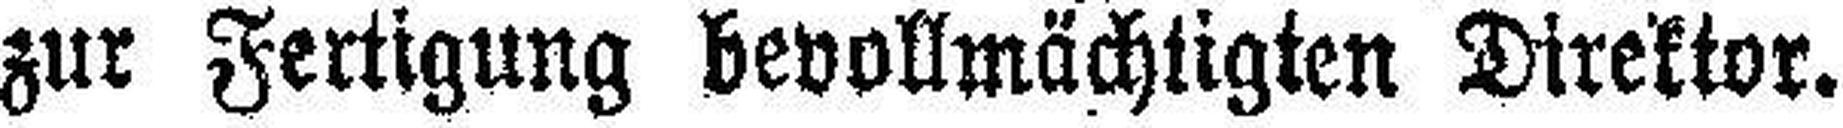
zur Fertigung bevollmächtigten Direktor.